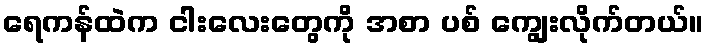
ရေကန်ထဲက ငါးလေးတွေကို အစာ ပစ် ကျွေးလိုက်တယ်။